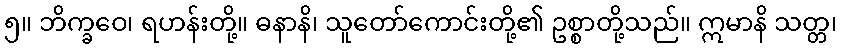
၅။ ဘိက္ခဝေ၊ ရဟန်းတို့။ ဓနာနိ၊ သူတော်ကောင်းတို့၏ ဥစ္စာတို့သည်။ ဣမာနိ သတ္တ၊